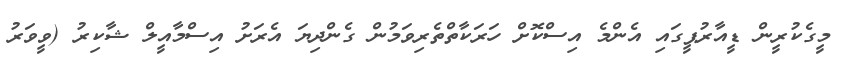
މީގެކުރީން ޑީއާރުޕީގައި އެންމެ އިސްކޮށް ހަރަކާތްތެރިވަމުން ގެންދިޔަ އެރަށު އިސްމާއީލް ޝާކިރު (ވީވަރު